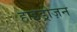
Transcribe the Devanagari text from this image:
हाइड्रोज़न